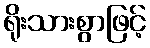
ရိုးသားစွာဖြင့်